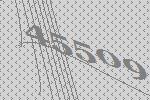
45509